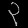
Digit: ၃